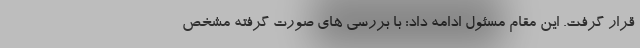
قرار گرفت. این مقام مسئول ادامه داد: با بررسی های صورت گرفته مشخص